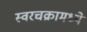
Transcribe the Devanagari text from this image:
स्वरचक्रामध्ये